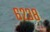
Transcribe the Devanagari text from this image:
६२३८